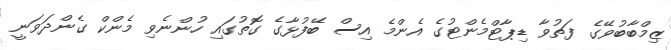
ޒިމްބާބުވޭގެ ފަތުވާ ޑިޕާޓްމެންޓުގެ އެންމެ އިސް ބޭފުޅާގެ ގޮތުގައި ހުންނެވި މެންކް ގެންދަވަނީ